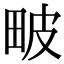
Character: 𤱍